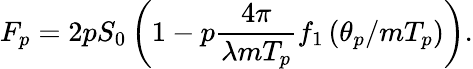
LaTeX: F_{p}=2pS_{0}\left(1-p\frac{4\pi}{\lambda mT_{p}}f_{1}\left(\theta_{p}/mT_{p}\right)\right).